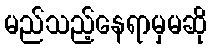
မည်သည့်နေရာမှမဆို